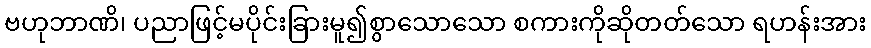
ဗဟုဘာဏိ၊ ပညာဖြင့်မပိုင်းခြားမူ၍စွာသောသော စကားကိုဆိုတတ်သော ရဟန်းအား